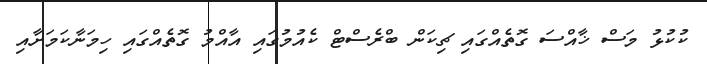
ކުކުޅު މަސް ޚާއްސަ ގޮތެއްގައި ޗިކަން ބްރެސްޓް ކެއުމުގައި އާއްމު ގޮތެއްގައި ހިމަނާކަމަށާއި